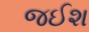
જઈશ